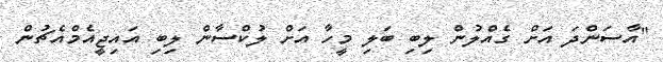
"އާސަންދަ އަށް ގެއްލުން ލިބި ބަލި މީހާ އަށް ލުކްސާން ލިބި އައިޖީއެމްއެޗުން